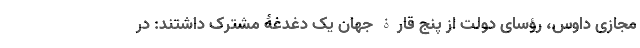
مجازی داوس، رؤسای دولت از پنج قارۀ جهان یک دغدغۀ مشترک داشتند: در